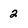
Character: 2